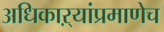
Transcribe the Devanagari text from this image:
अधिकाऱ्यांप्रमाणेच